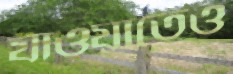
যাওয়াতেও